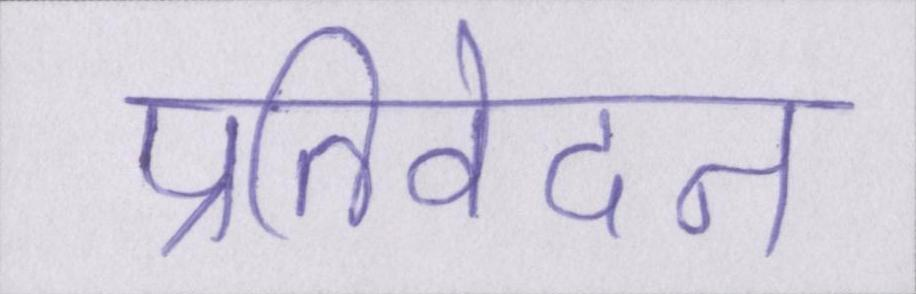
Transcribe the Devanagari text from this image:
प्रतिवेदन